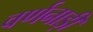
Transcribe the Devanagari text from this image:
वर्णनाड़ी